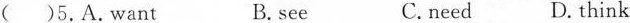
( )5.A.Want B.see C.need D. think